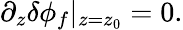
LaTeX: \partial_{z}\delta\phi_{f}\vert_{z=z_{0}}=0.